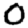
Digit: 0